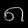
Digit: ၈